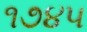
૧૭૪૫